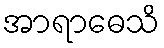
အာရာဓေသိ